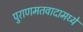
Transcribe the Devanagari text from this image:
पुराणमतवादामध्ये